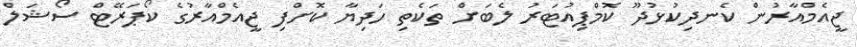
ޖީއެމްއާރުން ކެނދިކުޅުދޫ ކޮމްޕިއުޓަރު ލެބަށް ތަކެތި ހަދިޔާ ކޮށްފި ޖީއެމްއާރުގެ ކޯޕަރޭޓް ސޯޝަލް